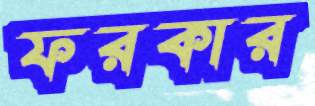
ফরকার